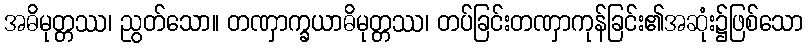
အဓိမုတ္တဿ၊ ညွတ်သော။ တဏှာက္ခယာဓိမုတ္တဿ၊ တပ်ခြင်းတဏှာကုန်ခြင်း၏အဆုံး၌ဖြစ်သော